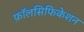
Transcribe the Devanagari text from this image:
फ़ॉलसिफिकेशन